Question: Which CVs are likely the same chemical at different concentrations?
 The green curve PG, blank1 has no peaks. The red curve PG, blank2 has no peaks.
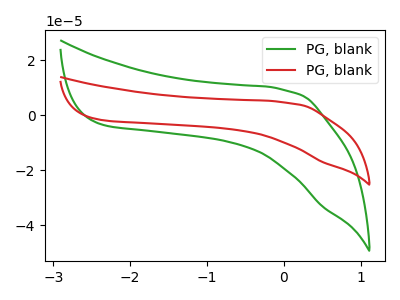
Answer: <think>Neither "PG, blank1" or "PG, blank2" have any peaks.
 </think>
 <answer>"PG, blank1" and "PG, blank2" have the same shape and are likely CV's of the same chemical.</answer>
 <eval>"PG, blank1" "PG, blank2"</eval>